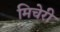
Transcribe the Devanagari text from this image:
मिचेरी